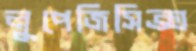
লুপেজিসিক্স